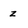
Character: z